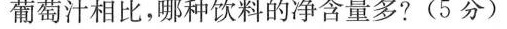
葡萄汁相比，哪种饮料的净含量多?(5分)